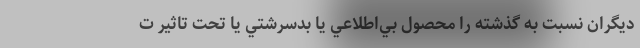
ديگران نسبت به گذشته را محصول بي‌اطلاعي يا بدسرشتي يا تحت تاثير ت